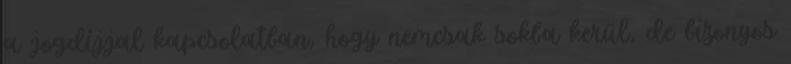
a jogdíjjal kapcsolatban, hogy nemcsak sokba kerül, de bizonyos